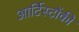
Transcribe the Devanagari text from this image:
आर्टिस्टोंकी